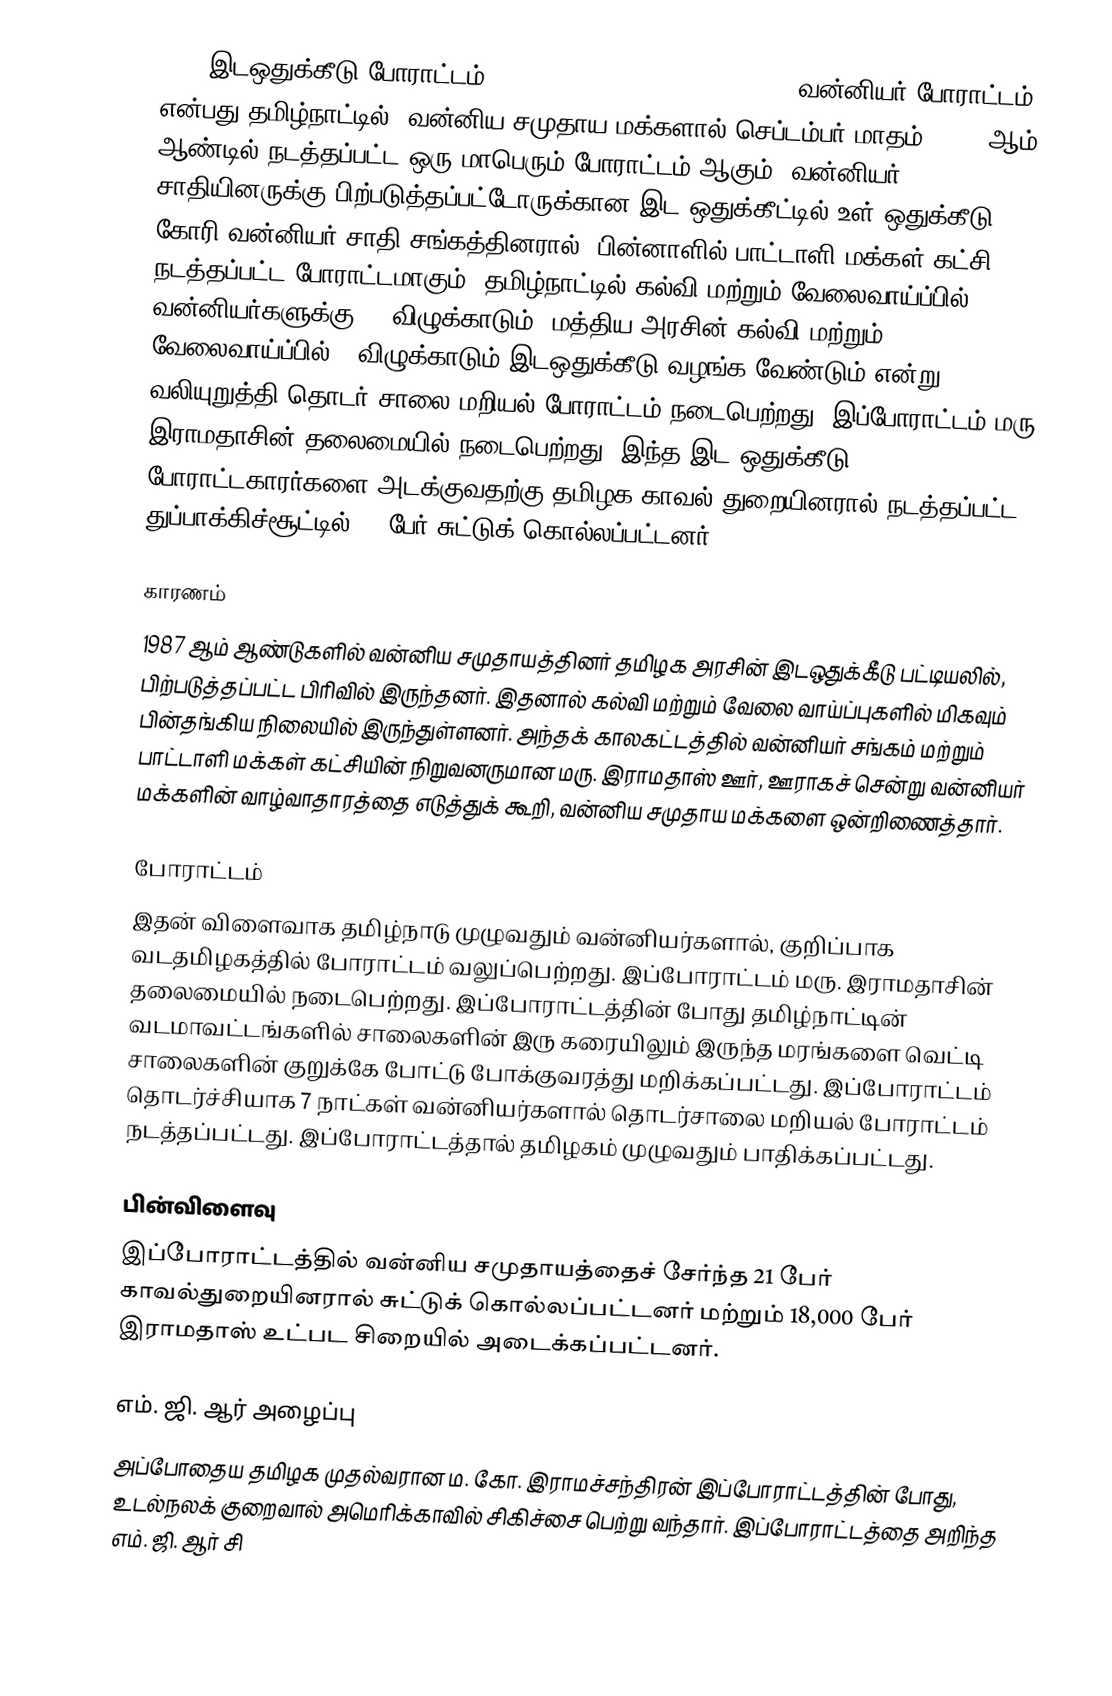
1987 இடஒதுக்கீடு போராட்டம் (1987 Reservation Protest, 1987 வன்னியர் போராட்டம்) என்பது தமிழ்நாட்டில், வன்னிய சமுதாய மக்களால் செப்டம்பர் மாதம், 1987 ஆம் ஆண்டில் நடத்தப்பட்ட ஒரு மாபெரும் போராட்டம் ஆகும். வன்னியர் சாதியினருக்கு பிற்படுத்தப்பட்டோருக்கான இட ஒதுக்கீட்டில் உள் ஒதுக்கீடு கோரி வன்னியர் சாதி சங்கத்தினரால் (பின்னாளில் பாட்டாளி மக்கள் கட்சி) நடத்தப்பட்ட போராட்டமாகும். தமிழ்நாட்டில் கல்வி மற்றும் வேலைவாய்ப்பில் வன்னியர்களுக்கு 20 விழுக்காடும், மத்திய அரசின் கல்வி மற்றும் வேலைவாய்ப்பில் 2 விழுக்காடும் இடஒதுக்கீடு வழங்க வேண்டும் என்று வலியுறுத்தி தொடர் சாலை மறியல் போராட்டம் நடைபெற்றது. இப்போராட்டம் மரு. இராமதாசின் தலைமையில் நடைபெற்றது. இந்த இட ஒதுக்கீடு போராட்டகாரர்களை அடக்குவதற்கு தமிழக காவல் துறையினரால் நடத்தப்பட்ட துப்பாக்கிச்சூட்டில் 21 பேர் சுட்டுக் கொல்லப்பட்டனர்.

காரணம்
1987 ஆம் ஆண்டுகளில் வன்னிய சமுதாயத்தினர் தமிழக அரசின் இடஒதுக்கீடு பட்டியலில், பிற்படுத்தப்பட்ட பிரிவில் இருந்தனர். இதனால் கல்வி மற்றும் வேலை வாய்ப்புகளில் மிகவும் பின்தங்கிய நிலையில் இருந்துள்ளனர். அந்தக் காலகட்டத்தில் வன்னியர் சங்கம் மற்றும் பாட்டாளி மக்கள் கட்சியின் நிறுவனருமான மரு. இராமதாஸ் ஊர், ஊராகச் சென்று வன்னியர் மக்களின் வாழ்வாதாரத்தை எடுத்துக் கூறி, வன்னிய சமுதாய மக்களை ஒன்றிணைத்தார்.

போராட்டம்
இதன் விளைவாக தமிழ்நாடு முழுவதும் வன்னியர்களால், குறிப்பாக வடதமிழகத்தில் போராட்டம் வலுப்பெற்றது. இப்போராட்டம் மரு. இராமதாசின் தலைமையில் நடைபெற்றது. இப்போராட்டத்தின் போது தமிழ்நாட்டின் வடமாவட்டங்களில் சாலைகளின் இரு கரையிலும் இருந்த மரங்களை வெட்டி சாலைகளின் குறுக்கே போட்டு போக்குவரத்து மறிக்கப்பட்டது. இப்போராட்டம் தொடர்ச்சியாக 7 நாட்கள் வன்னியர்களால் தொடர்சாலை மறியல் போராட்டம் நடத்தப்பட்டது. இப்போராட்டத்தால் தமிழகம் முழுவதும் பாதிக்கப்பட்டது.

பின்விளைவு
இப்போராட்டத்தில் வன்னிய சமுதாயத்தைச் சேர்ந்த 21 பேர் காவல்துறையினரால் சுட்டுக் கொல்லப்பட்டனர் மற்றும் 18,000 பேர் இராமதாஸ் உட்பட சிறையில் அடைக்கப்பட்டனர்.

எம். ஜி. ஆர் அழைப்பு
அப்போதைய தமிழக முதல்வரான ம. கோ. இராமச்சந்திரன் இப்போராட்டத்தின் போது, உடல்நலக் குறைவால் அமெரிக்காவில் சிகிச்சை பெற்று வந்தார். இப்போராட்டத்தை அறிந்த எம். ஜி. ஆர் சி